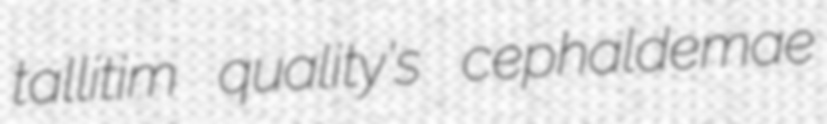
tallitim quality's cephaldemae